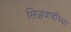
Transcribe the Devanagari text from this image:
सिद्धवाडीच्या